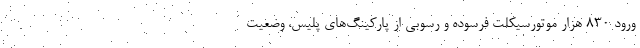
ورود ۸۳۰ هزار موتورسیکلت فرسوده و رسوبی از پارکینگ‌های پلیس، وضعیت